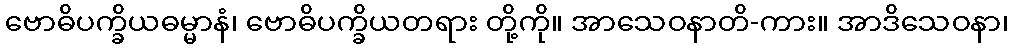
ဗောဓိပက္ခိယဓမ္မာနံ၊ ဗောဓိပက္ခိယတရား တို့ကို။ အာသေဝနာတိ-ကား။ အာဒိသေဝနာ၊